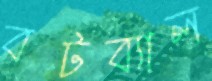
বটব্যাল